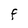
Character: f